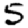
Digit: 5